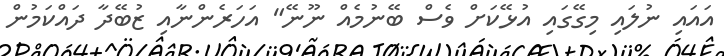
އައައި ނުލައި މިގޭގައި އުޅޭކަށް ވެސް ބޭނުމެއް ނޫނޭ" އަހަރެންނާއި ޒުބޭދާ ދައްކަމުން